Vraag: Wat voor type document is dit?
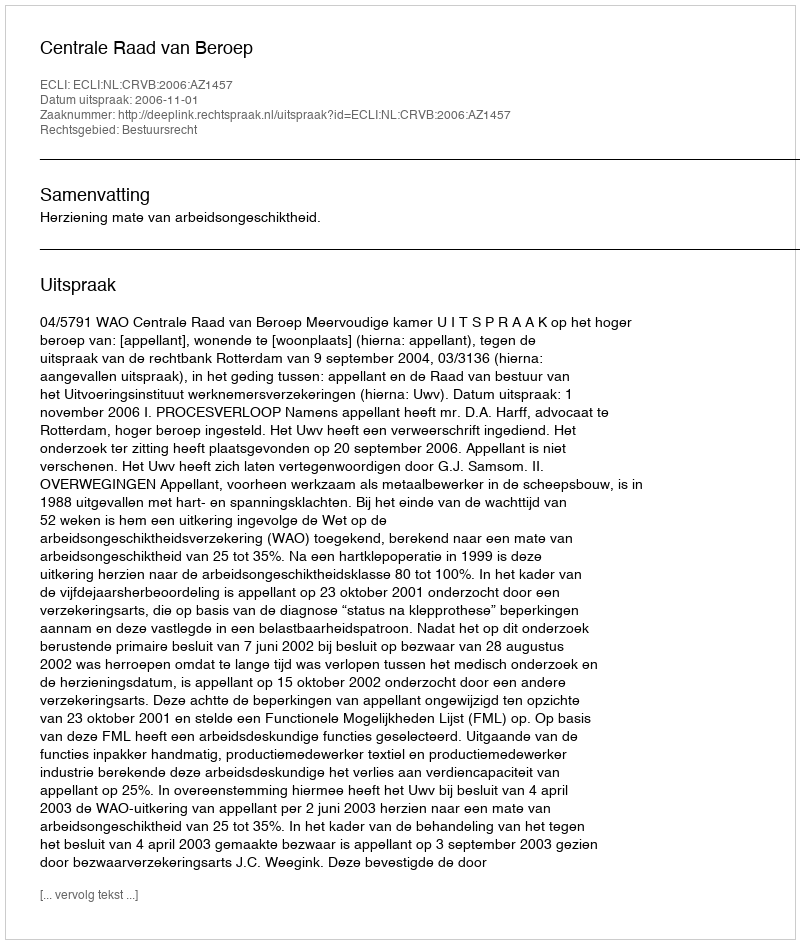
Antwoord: Uitspraak